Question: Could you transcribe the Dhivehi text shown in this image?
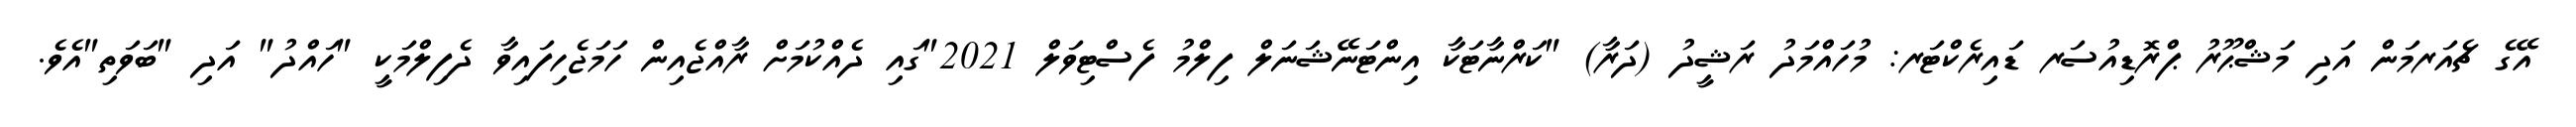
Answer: އޭގެ ޗެއަރމަން އަދި މަޝްޙޫރު ޕްރޮޑިއުސަރ ޑައިރެކްޓަރ: މުހައްމަދު ރަޝީދު (ދަރާ) "ކަރްނާޓަކާ އިންޓަނޭޝަނަލް ފިލްމު ފެސްޓިވަލް 2021"ގައި ދެއްކުމަށް ރާއްޖެއިން ހަމަޖެހިފައިވާ ދެފިލްމަކީ "ހައްދު" އަދި "ބަވަތި"އެވެ.